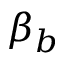
\beta _ { b }